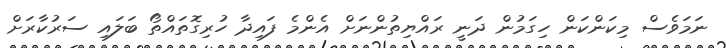
ނަމަވެސް މިކަންކަން ހިގަމުން ދަނީ ރައްޔިތުންނަށް އެންމެ ފައިދާ ހުރިގޮތައްތޯ ބަލައި ސަރުކާރަށް